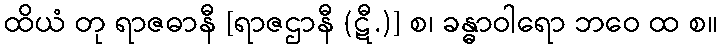
ထိယံ တု ရာဇဓာနီ [ရာဇဌာနီ (ဋီ.)] စ၊ ခန္ဓာဝါရော ဘဝေ ထ စ။